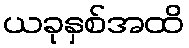
ယခုနှစ်အထိ